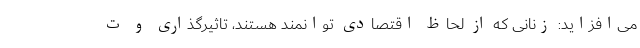
می‌افزاید: زنانی که از لحاظ اقتصادی توانمند هستند، تاثیرگذاری و ت